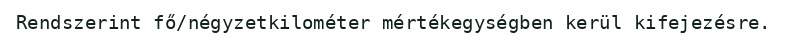
Rendszerint fő/négyzetkilométer mértékegységben kerül kifejezésre.